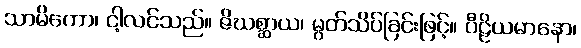
သာမိကော၊ ငါ့လင်သည်။ ဇိဃစ္ဆာယ၊ မွတ်သိပ်ခြင်းဖြင့်။ ပီဠိယမာနော၊